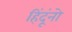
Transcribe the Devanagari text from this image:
हिंदूंनो